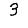
Digit: 3